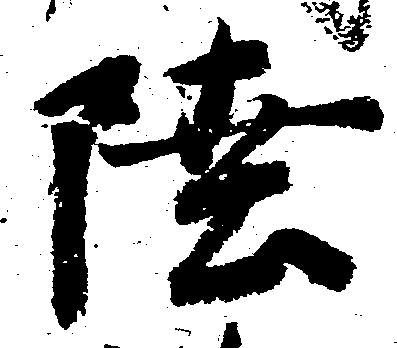
陸